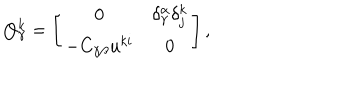
Q _ { \gamma } ^ { k } = \left[ \begin{array} { c c } { { 0 } } & { { \delta _ { \gamma } ^ { \alpha } \delta _ { j } ^ { k } } } \\ { { - C _ { \gamma \beta } u ^ { k i } } } & { { 0 } } \\ \end{array} \right] ,